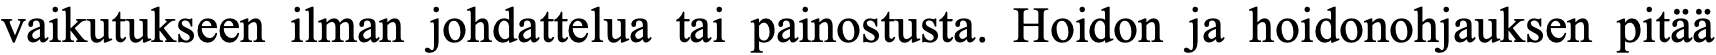
vaikutukseen ilman johdattelua tai painostusta. Hoidon ja hoidonohjauksen pitää